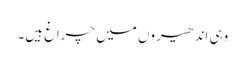
وہی اندھیروں میں چراغ ہیں۔